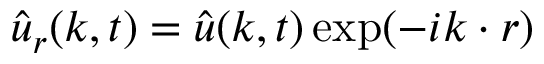
\hat { \boldsymbol u } _ { r } ( \boldsymbol k , t ) = \hat { \boldsymbol u } ( \boldsymbol k , t ) \exp ( - i \boldsymbol k \cdot \boldsymbol r )